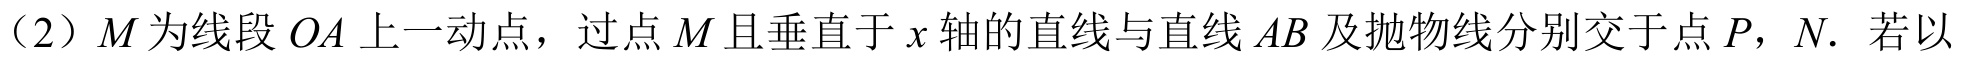
（2）\(M\)为线段\(OA\)上一动点，过点\(M\)且垂直于\(x\)轴的直线与直线\(AB\)及抛物线分别交于点\(P\)，\(N\)．若以